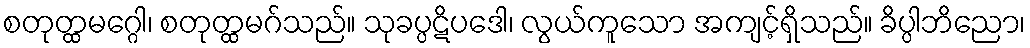
စတုတ္ထမဂ္ဂေါ၊ စတုတ္ထမဂ်သည်။ သုခပ္ပဋိပဒေါ၊ လွယ်ကူသော အကျင့်ရှိသည်။ ခိပ္ပါဘိညော၊